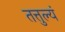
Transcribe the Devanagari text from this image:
तत्तुल्यं